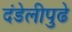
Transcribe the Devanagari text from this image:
दंडेलीपुढे